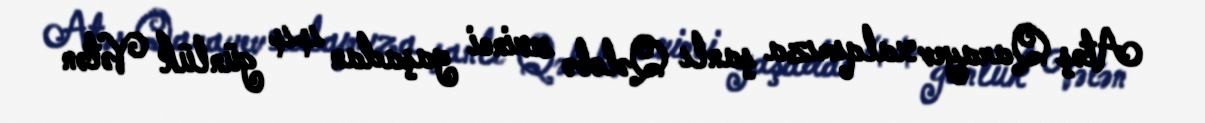
Atəş Qarayev xalqımıza şanlı Qələbə sevinci yaşadan 44 günlük Vətən